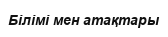
Білімі мен атақтары